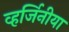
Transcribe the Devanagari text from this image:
व्हर्जिनीया